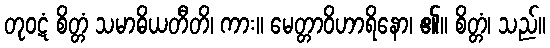
တုဝဋံ စိတ္တံ သမာဓိယတီတိ၊ ကား။ မေတ္တာဝိဟာရိနော၊ ၏။ စိတ္တံ၊ သည်။